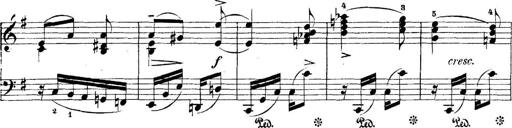
Title: 5 Sonatinas
Composer: Theodor Kirchner